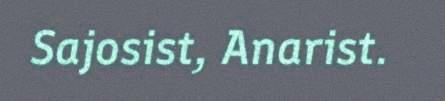
Sajosist, Anarist.